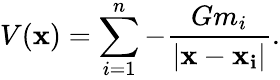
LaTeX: V(\mathbf{x})=\sum_{i=1}^{n}-{\frac{Gm_{i}}{|\mathbf{x}-\mathbf{x_{i}}|}}.